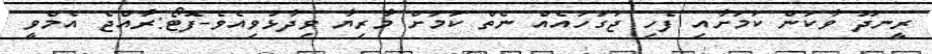
ރީނދޫ ވާކަން ކަމަށާއި ފެހި ޖަގަހައެއް ނެތް ކަމަށް މާރިޔާ ވިދާޅުވިއެވެ-ފޮޓޯ:ރާއްޖެ އެމްވީ